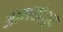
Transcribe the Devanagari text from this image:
आमखंुट